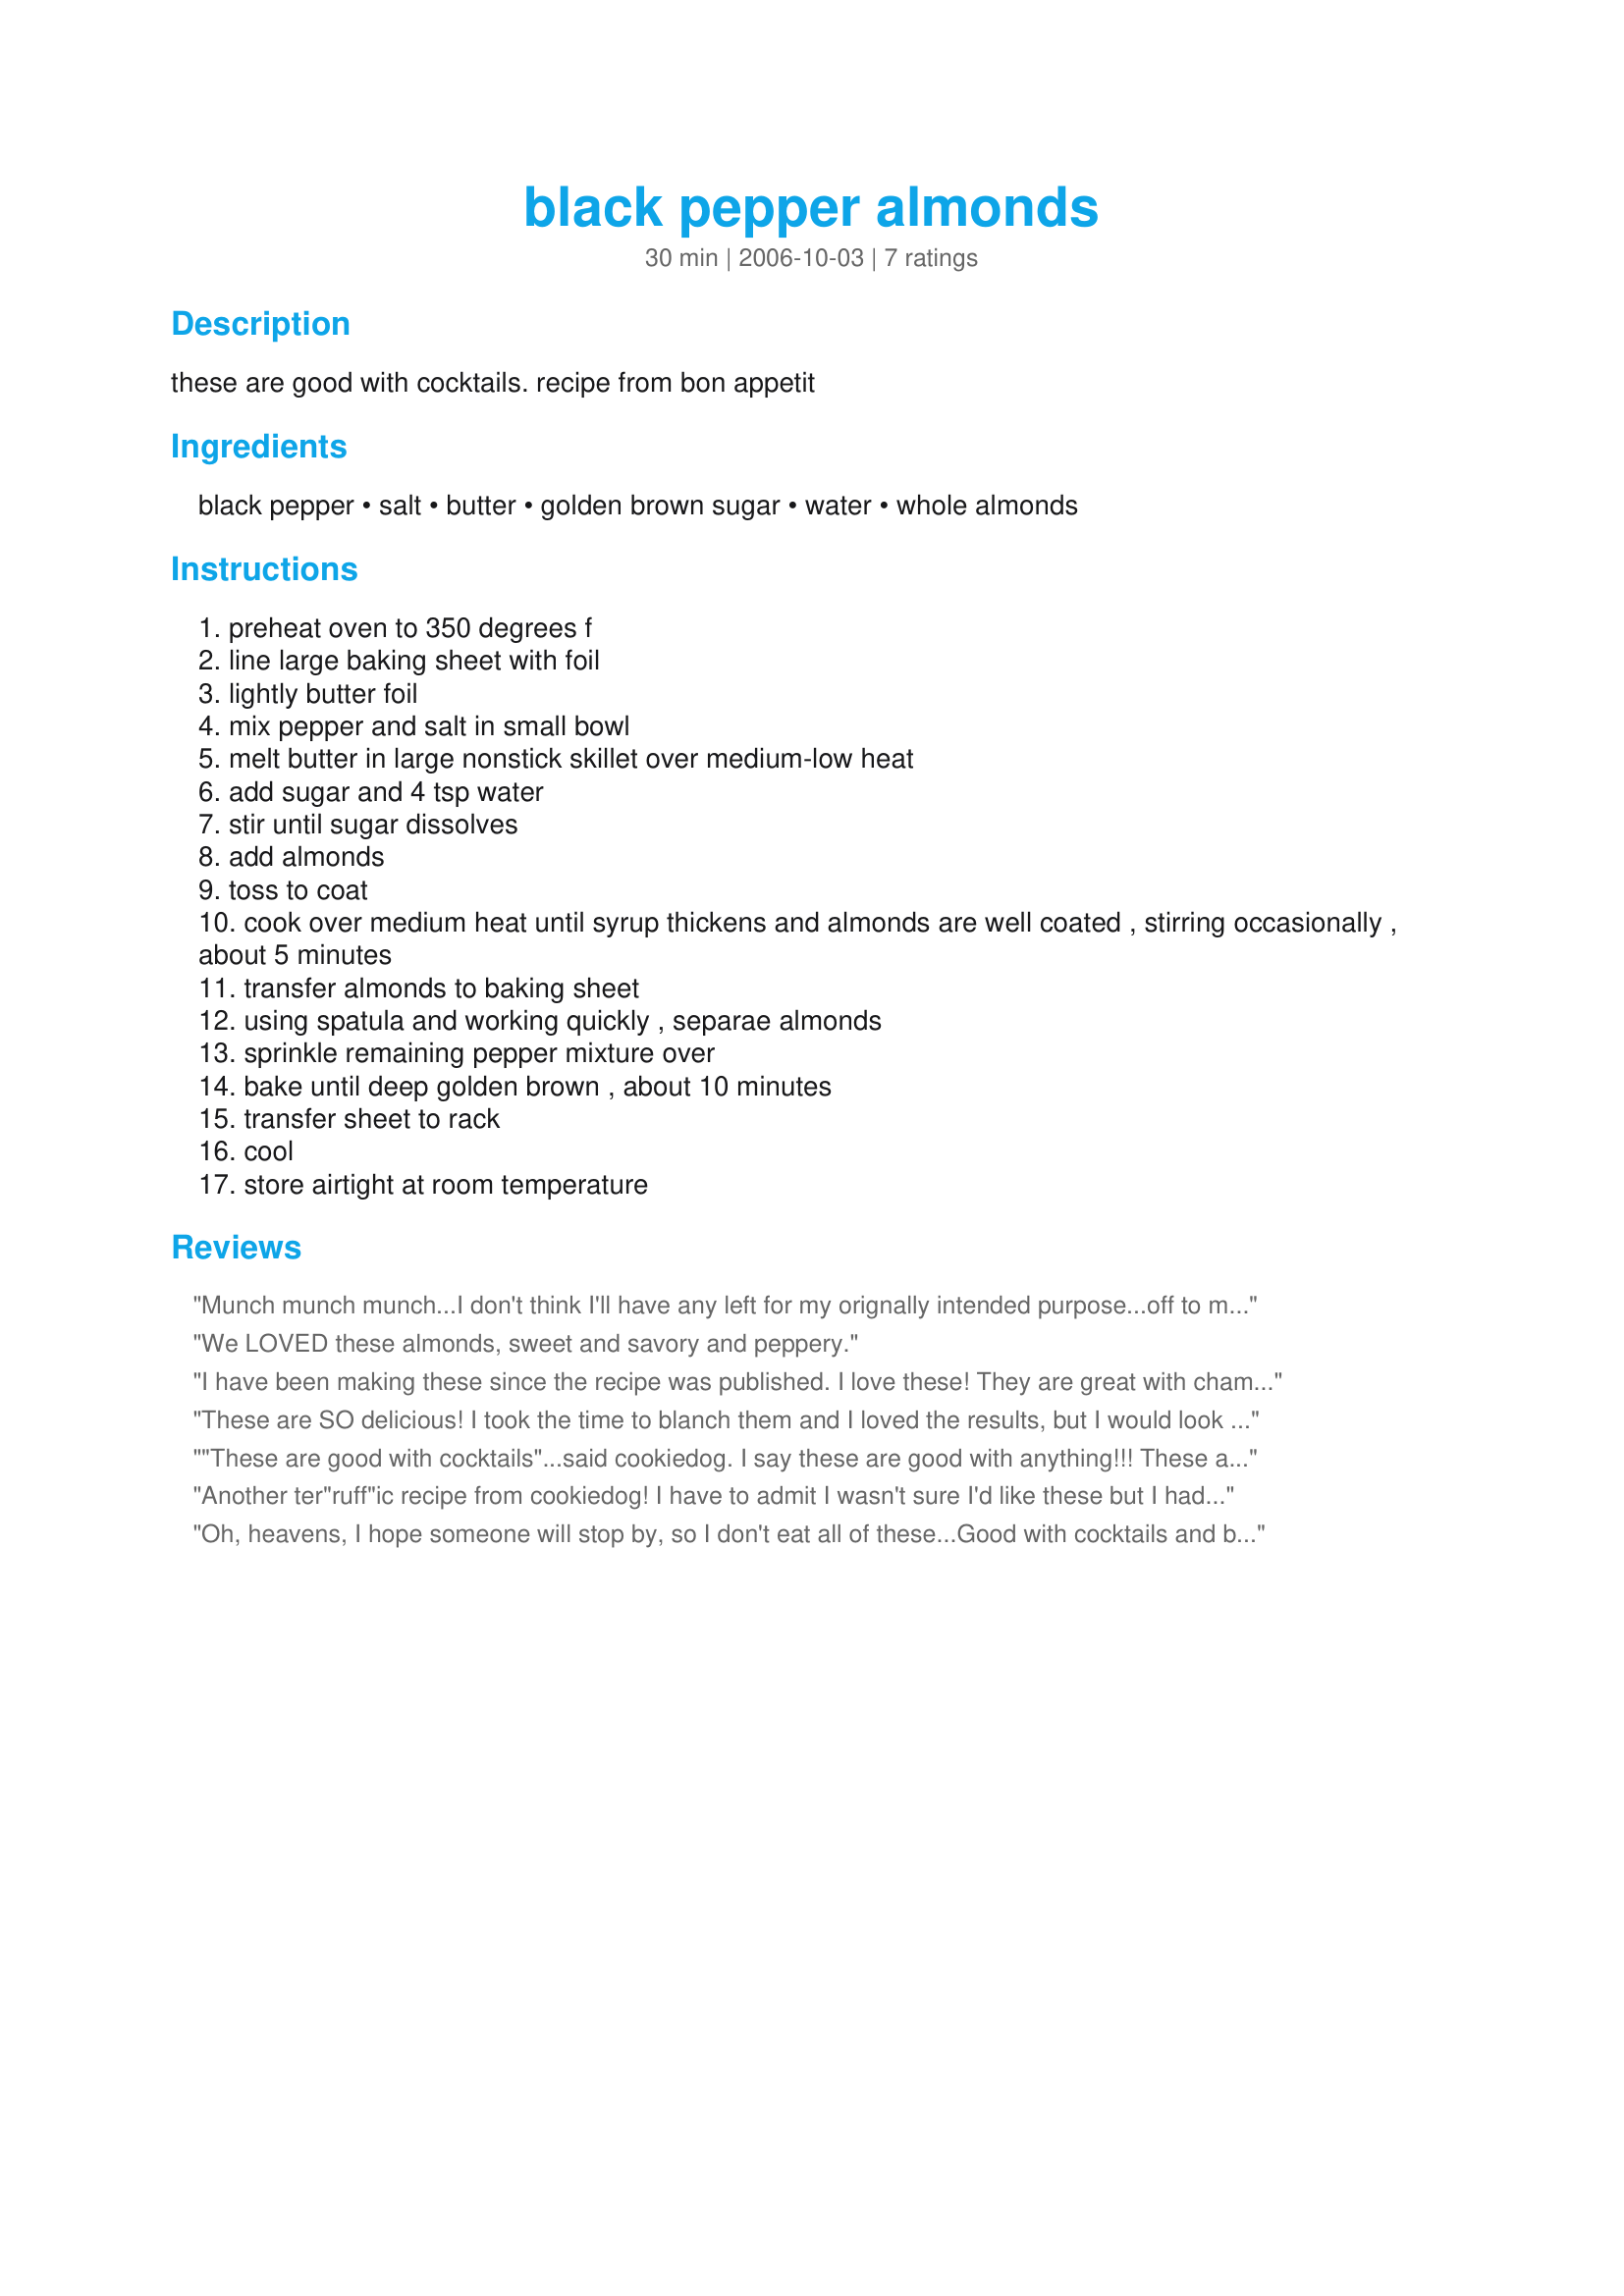
black pepper almonds
Preparation time: 30 minutes

these are good with cocktails. recipe from bon appetit

Ingredients:
black pepper, salt, butter, golden brown sugar, water, whole almonds

Steps:
preheat oven to 350 degrees f
line large baking sheet with foil
lightly butter foil
mix pepper and salt in small bowl
melt butter in large nonstick skillet over medium-low heat
add sugar and 4 tsp water
stir until sugar dissolves
add almonds
toss to coat
cook over medium heat until syrup thickens and almonds are well coated , stirring occasionally , about 5 minutes
transfer almonds to baking sheet
using spatula and working quickly , separae almonds
sprinkle remaining pepper mixture over
bake until deep golden brown , about 10 minutes
transfer sheet to rack
cool
store airtight at room temperature

Reviews:
Munch munch munch...I don't think I'll have any left for my orignally intended purpose...off to make more!
Made for ZWT5
We LOVED these almonds, sweet and savory and peppery.
I have been making these since the recipe was published. I love these! They are great with champagne and I almost always include them in my Christmas goodie baskets. I usually use whole almonds with skin as I can rarely find them blanched and they are still delicious.
These are SO delicious! I took the time to blanch them and I loved the results, but I would look for them pre-blanched next time, as it's very time consuming to pop them all out of their peels. It's such a simple flavor combination with GREAT end results! Thanks!
"These are good with cocktails"...said cookiedog. I say these are good with anything!!! These are absolutely wonderful. Like other reviewers, I used natural almonds, unblanched. My coating stuck to mine just fine, and the salt and pepper mix was perfect. I'll make this one again! Thanks so much for sharing.
Another ter"ruff"ic recipe from cookiedog! I have to admit I wasn't sure I'd like these but I had everything on hand to make them. The only thing I changed was to use unblanched whole almonds...it's way too much work to blanch them by hand and I couldn't find them already blanched. It still turned out wonderful! They are a sweet and salty candied almond with the yummy spicy addition of pepper. The only thing that may not have turned out correctly is that the sugar coating didn't completly stick to the nuts...it's kinda crumbly...but that may be my fault...They're still really really good! I'll be making them again. Thanks for the recipe. Made for Zaar Tag.
Oh, heavens, I hope someone will stop by, so I don't eat all of these...Good with cocktails and by themselves, these almonds are 'da bomb'! I don't know if mine came out right, but they sure do taste good! (I'm not sure I cooked them enough on the stove...)They were easy to make and scrumptious to boot! Made for Best of 2010 tag game. Thanks for sharing, cookiedog!
